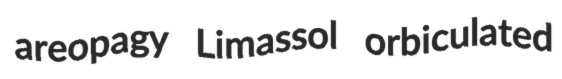
areopagy Limassol orbiculated